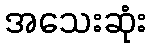
အသေးဆုံး